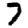
Digit: 7